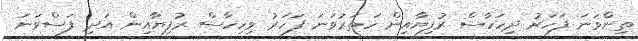
ތިންވަނަ ފަހަރު ދިހަހާސް ރުފިޔާއިން ހަތަރުވަނަ ފަހަރު ވިހިހާސް ރުފިޔާއިން އަދި ފަސްވަނަ